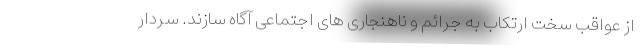
از عواقب سخت ارتکاب به جرائم و ناهنجاری های اجتماعی آگاه سازند. سردار